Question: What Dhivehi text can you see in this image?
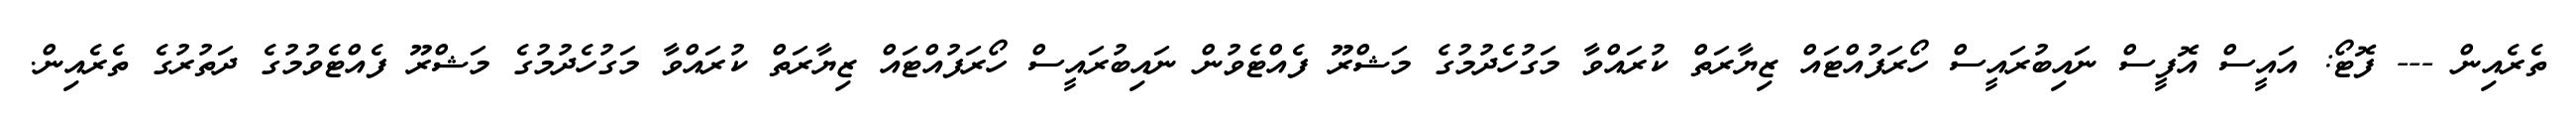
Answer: ތެރެއިން --- ފޮޓޯ: އައީސް އޮފީސް ނައިބުރައީސް ހޯރަފުއްޓައް ޒިޔާރަތް ކުރައްވާ މަގުހެދުމުގެ މަޝްރޫ ފެއްޓެވުން ނައިބުރައީސް ހޯރަފުއްޓައް ޒިޔާރަތް ކުރައްވާ މަގުހެދުމުގެ މަޝްރޫ ފެއްޓެވުމުގެ ދަތުރުގެ ތެރެއިން.